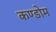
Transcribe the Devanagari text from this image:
कण्डोम